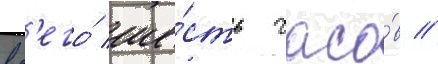
вс'его́ ше́сть часо́в //